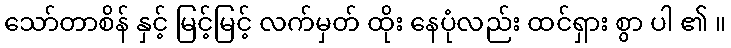
သော်တာစိန် နှင့် မြင့်မြင့် လက်မှတ် ထိုး နေပုံလည်း ထင်ရှား စွာ ပါ ၏ ။